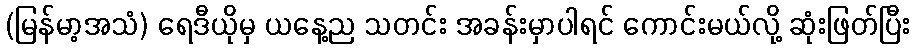
(မြန်မာ့အသံ) ရေဒီယိုမှ ယနေ့ည သတင်း အခန်းမှာပါရင် ကောင်းမယ်လို့ ဆုံးဖြတ်ပြီး